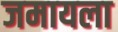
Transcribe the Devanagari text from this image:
जमायला